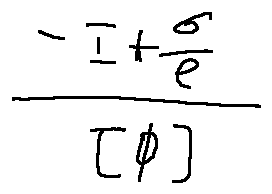
\frac { - I + \frac { \sigma } { e } } { [ \phi ] }